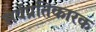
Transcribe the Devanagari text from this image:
सर्वप्रतिकारक